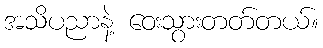
အသိပညာနဲ့ ဝေးသွားတတ်တယ်။